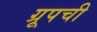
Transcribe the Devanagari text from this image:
ग्रूपची